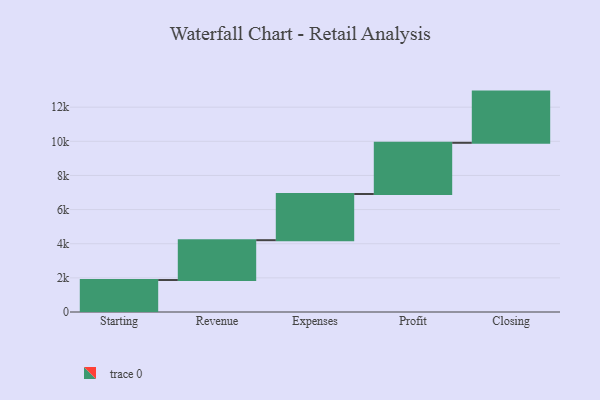
{"axis": {"x": "Step", "y": "Value"}, "legend": [""], "data": [{"x": "Starting", "y": 1873.0, "type": ""}, {"x": "Revenue", "y": 2334.0, "type": ""}, {"x": "Expenses", "y": 2706.0, "type": ""}, {"x": "Profit", "y": 3000, "type": ""}, {"x": "Closing", "y": 3000, "type": ""}]}